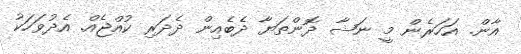
އާން. އަހަރެން މީ ނަޝާ ދޮންތަޔާ ދެބެއިން ދެދަރި ކުއްޖެއް. އެދުވަހަކު